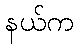
နယ်က